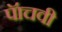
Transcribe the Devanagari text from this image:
पॅाचवी